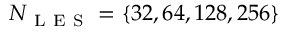
N _ { \mathrm { ~ L ~ E ~ S ~ } } = \{ 3 2 , 6 4 , 1 2 8 , 2 5 6 \}